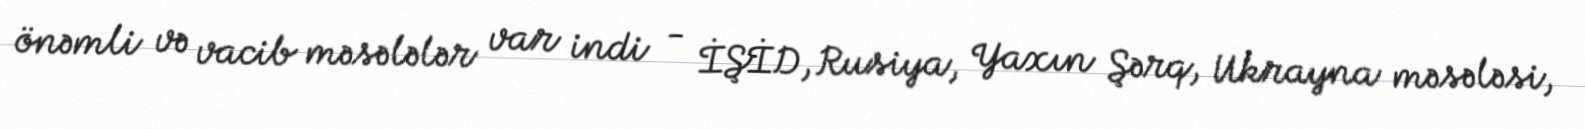
önəmli və vacib məsələlər var indi - İŞİD, Rusiya, Yaxın Şərq, Ukrayna məsələsi,